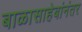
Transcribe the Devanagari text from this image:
बाळासाहेबांनंतर